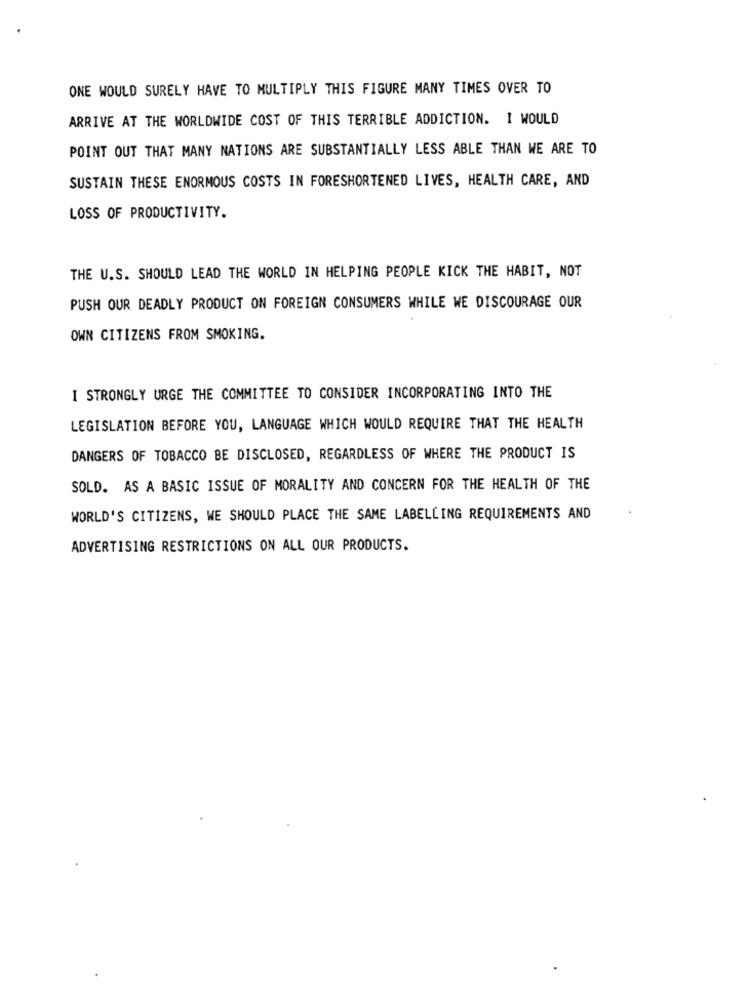
ONE WOULD SURELY HAVE TO MULTIPLY THIS FIGURE MANY TIMES OVER TO
ARRIVE AT THE WORLDWIDE COST OF THIS TERRIBLE ADDICTION. I WOULD
POINT OUT THAT MANY NATIONS ARE SUBSTANTIALLY LESS ABLE THAN WE ARE TO
SUSTAIN THESE ENORMOUS COSTS IN FORESHORTENED LIVES, HEALTH CARE, AND
LOSS OF PRODUCTIVITY.
THE U.S. SHOULD LEAD THE WORLD IN HELPING PEOPLE KICK THE HABIT, NOT
PUSH OUR DEADLY PRODUCT ON FOREIGN CONSUMERS WHILE WE DISCOURAGE OUR
OWN CITIZENS FROM SMOKING.
I STRONGLY URGE THE COMMITTEE TO CONSIDER INCORPORATING INTO THE
LEGISLATION BEFORE YOU, LANGUAGE WHICH WOULD REQUIRE THAT THE HEALTH
DANGERS OF TOBACCO BE DISCLOSED, REGARDLESS OF WHERE THE PRODUCT IS
SOLD. AS A BASIC ISSUE OF MORALITY AND CONCERN FOR THE HEALTH OF THE
WORLD'S CITIZENS, WE SHOULD PLACE THE SAME LABELLING REQUIREMENTS AND
ADVERTISING RESTRICTIONS ON ALL OUR PRODUCTS.